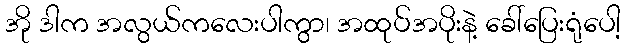
အို ဒါက အလွယ်ကလေးပါကွာ၊ အထုပ်အပိုးနဲ့ ခေါ်ပြေးရုံပေါ့